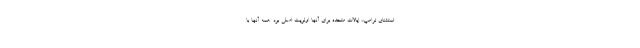
استثنای ترامپ، ایالات متحده برای آنها اولویت اصلی بود. همه آنها با